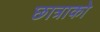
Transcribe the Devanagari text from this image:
छात्राको